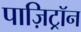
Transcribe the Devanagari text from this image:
पाज़िट्रॉन